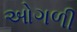
ઓગળી